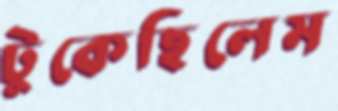
টুকেছিলেম